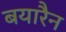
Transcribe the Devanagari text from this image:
बयारैन